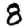
Digit: 8